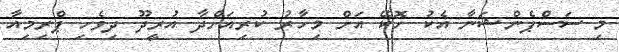
މި ސަސްޕެންޝަނާ އެކު ހޮކޭ އަށް މިހާރު ކުރިއަށްދާ އުރީދޫ ދިވެހި ޕްރިމިއާ